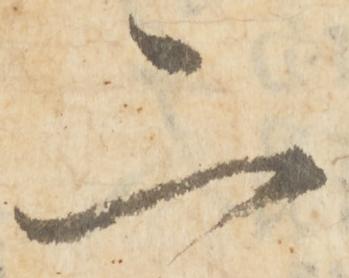
二